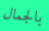
بالجمال